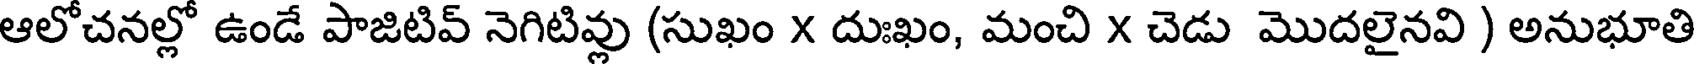
ఆలోచనల్లో ఉండే పాజిటివ్ నెగిటివ్లు (సుఖం X దుఃఖం, మంచి X చెడు మొదలైనవి ) అనుభూతి